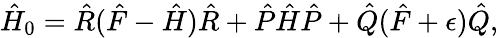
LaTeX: \begin{array}{r}{\hat{H}_{0}=\hat{R}(\hat{F}-\hat{H})\hat{R}+\hat{P}\hat{H}\hat{P}+\hat{Q}(\hat{F}+\epsilon)\hat{Q},}\end{array}